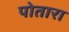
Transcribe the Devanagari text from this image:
पोतारा